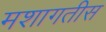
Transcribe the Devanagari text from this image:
मशागतीस